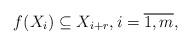
LaTeX: \begin{align*}f(X_i)\subseteq X_{i+r}, i=\overline{1,m},\end{align*}